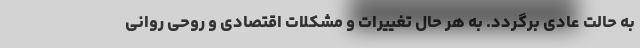
به حالت عادی برگردد. به هر حال تغییرات و مشکلات اقتصادی و روحی روانی